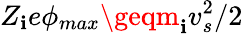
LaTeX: Z_{\mathbf{i}}e\phi_{max}\geqm_{\mathbf{i}}v_{s}^{2}/2